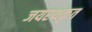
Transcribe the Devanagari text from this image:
जयरथकृत